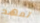
تعهد